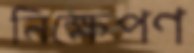
নিক্ষেপণ